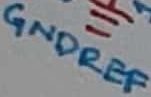
Text: GNDREF